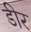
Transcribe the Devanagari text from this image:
डीर